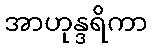
အာဟုန္ဒရိကာ